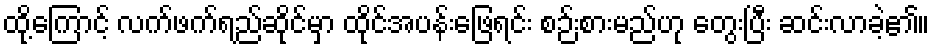
ထို့ကြောင့် လက်ဖက်ရည်ဆိုင်မှာ ထိုင်အပန်းဖြေရင်း စဉ်းစားမည်ဟု တွေးပြီး ဆင်းလာခဲ့၏။